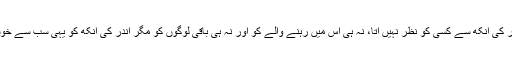
یہ اگرچہ ظاہر کی آنکھ سے کسی کو نظر نہیں آتا، نہ ہی اس میں رہنے والے کو اور نہ ہی باقی لوگوں کو مگر اندر کی آنکھ کو یہی سب سے خوشنما لگتا ہے۔